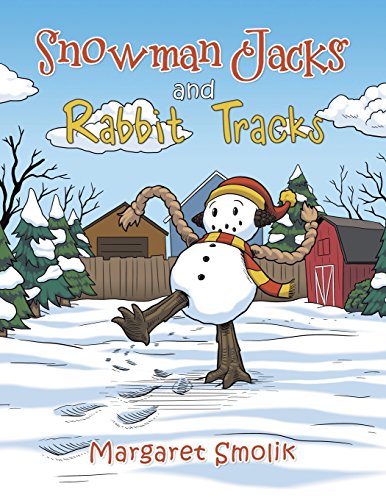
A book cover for Snowman Jacks and Rabbit Tracks; Margaret Smolik; Christian Books & Bibles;